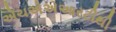
એચએએઆરટીથી